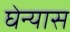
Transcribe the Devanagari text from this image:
घेन्यास